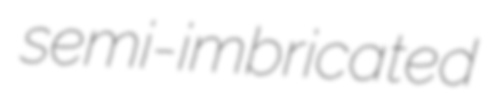
semi-imbricated